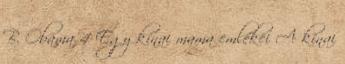
B. Obama 4 Egy kínai mama emlékei A kínai